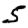
Digit: 5